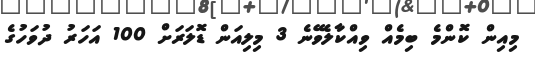
މިއިން ކޮންމެ ބިމެއް ވިއްކާލެވޭނެ 3 މިލިއަން ޑޮލަރަށް 100 އަހަރު ދުވަހުގެ